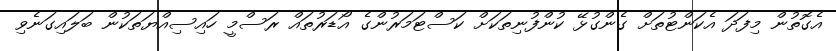
އެގޮތުން މިފަދަ އެކަންޓުތަށް ގެންގުޅޭ ކުންފުނިތަކަށް ކަސްޓަމަރުންގެ އޯޑަރުތައް ރަސްމީ ހައިސިއްޔަތަކުން ބަލައިގަނެވި